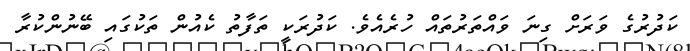
ކަދުރުގެ ވަރަށް ގިނަ ވައްތަރުތައް ހުރެއެވެ. ކަދުރަކީ ތަފާތު ކެއުން ތަކުގައި ބޭނުންކުރާ